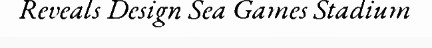
Reveals Design Sea Games Stadium